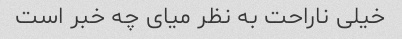
خیلی ناراحت به نظر میای چه خبر است